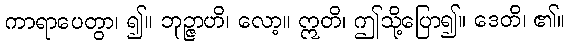
ကာရာပေတွာ၊ ၍။ ဘုဉ္ဇာဟိ၊ လော့။ ဣတိ၊ ဤသို့ပြော၍။ ဒေတိ၊ ၏။